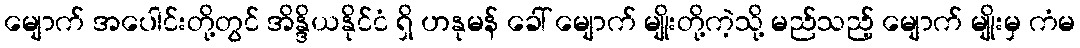
မျောက် အပေါင်းတို့တွင် အိန္ဒိယနိုင်ငံ ရှိ ဟနုမန် ခေါ် မျောက် မျိုးတို့ကဲ့သို့ မည်သည့် မျောက် မျိုးမှ ကံမ